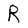
Character: R